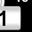
Digit: 1